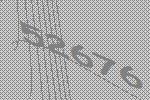
52676